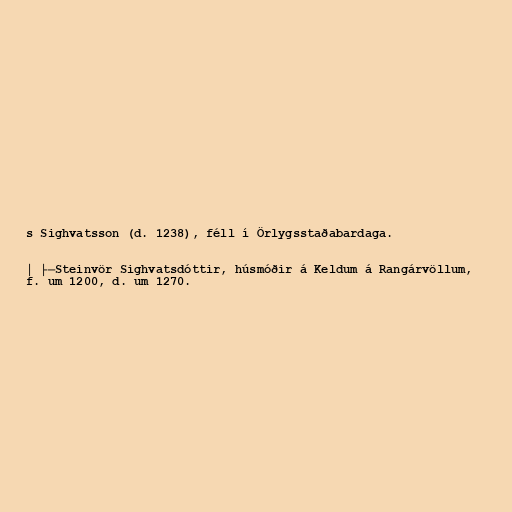
s Sighvatsson (d. 1238), féll í Örlygsstaðabardaga.

│ ├─Steinvör Sighvatsdóttir, húsmóðir á Keldum á Rangárvöllum,
f. um 1200, d. um 1270.